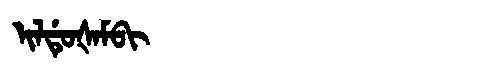
Manchu: ᡳᠯᡩᡠᡧᠠᠮᠪᡳ
Romanization: ILDUŠAMBI